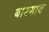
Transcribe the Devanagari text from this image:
बारगाव